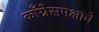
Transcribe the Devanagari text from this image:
काँग्रेसपक्षाचे